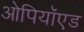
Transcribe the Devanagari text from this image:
ओपियॉएड